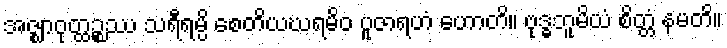
အဇ္ဈာဝုတ္ထဉ္စဿ သရီရမ္ပိ စေတိယဃရမိဝ ပူဇာရဟံ ဟောတိ။ ဗုဒ္ဓဘူမိယံ စိတ္တံ နမတိ။